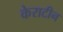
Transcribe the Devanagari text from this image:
केराटीन